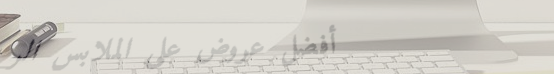
أفضل عروض على الملابس الر